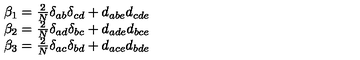
\begin{array} { c } { \beta _ { 1 } = \frac 2 N \delta _ { a b } \delta _ { c d } + d _ { a b e } d _ { c d e } } \\ { \beta _ { 2 } = \frac 2 N \delta _ { a d } \delta _ { b c } + d _ { a d e } d _ { b c e } } \\ { \beta _ { 3 } = \frac 2 N \delta _ { a c } \delta _ { b d } + d _ { a c e } d _ { b d e } } \\ \end{array}